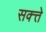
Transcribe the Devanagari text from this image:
सक्त्ते